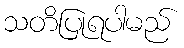
သတိပြုရပါမည်